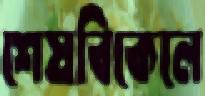
শেষবিকেলে